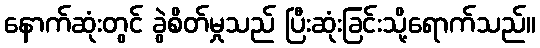
နောက်ဆုံးတွင် ခွဲစိတ်မှုသည် ပြီးဆုံးခြင်းသို့ရောက်သည်။